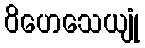
ဝိဟေသေယျုံ